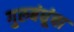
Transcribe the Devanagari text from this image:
गुरुबंधूंचा